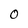
Character: 0